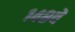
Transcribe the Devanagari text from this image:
१४८वें